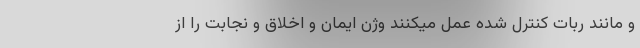
و مانند ربات کنترل شده عمل میکنند وژن ایمان و اخلاق و نجابت را از